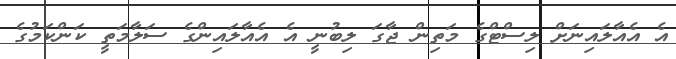
އެ އެއާލައިނަށް ލިސްޓްގެ މަތިން ޖާގަ ލިބުނީ އެ އެއާލައިންގެ ސަލާމަތީ ކަންކަމުގެ